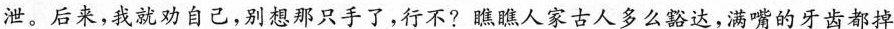
泄。后来，我就劝自己，别想那只手了，行不?瞧瞧人家古人多么豁达，满嘴的牙齿都掉